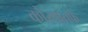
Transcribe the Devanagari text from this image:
कौरवांतर्फे